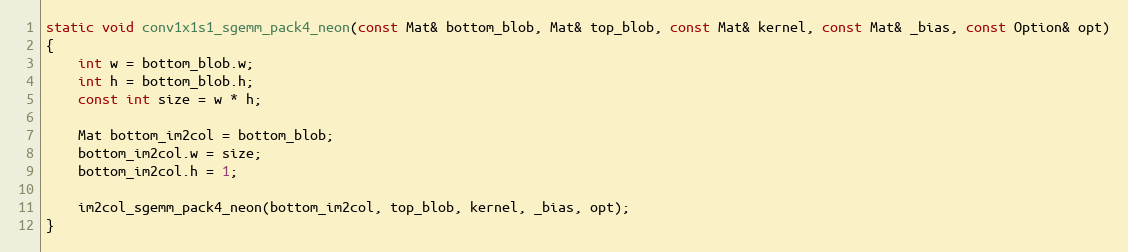
Language: C
static void conv1x1s1_sgemm_pack4_neon(const Mat& bottom_blob, Mat& top_blob, const Mat& kernel, const Mat& _bias, const Option& opt)
{
    int w = bottom_blob.w;
    int h = bottom_blob.h;
    const int size = w * h;

    Mat bottom_im2col = bottom_blob;
    bottom_im2col.w = size;
    bottom_im2col.h = 1;

    im2col_sgemm_pack4_neon(bottom_im2col, top_blob, kernel, _bias, opt);
}